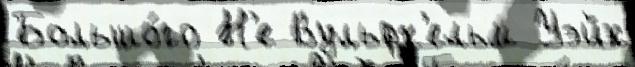
Большо́го Н'е Вульфх'ельм Уэйк